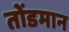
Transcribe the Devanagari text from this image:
तोंडमान